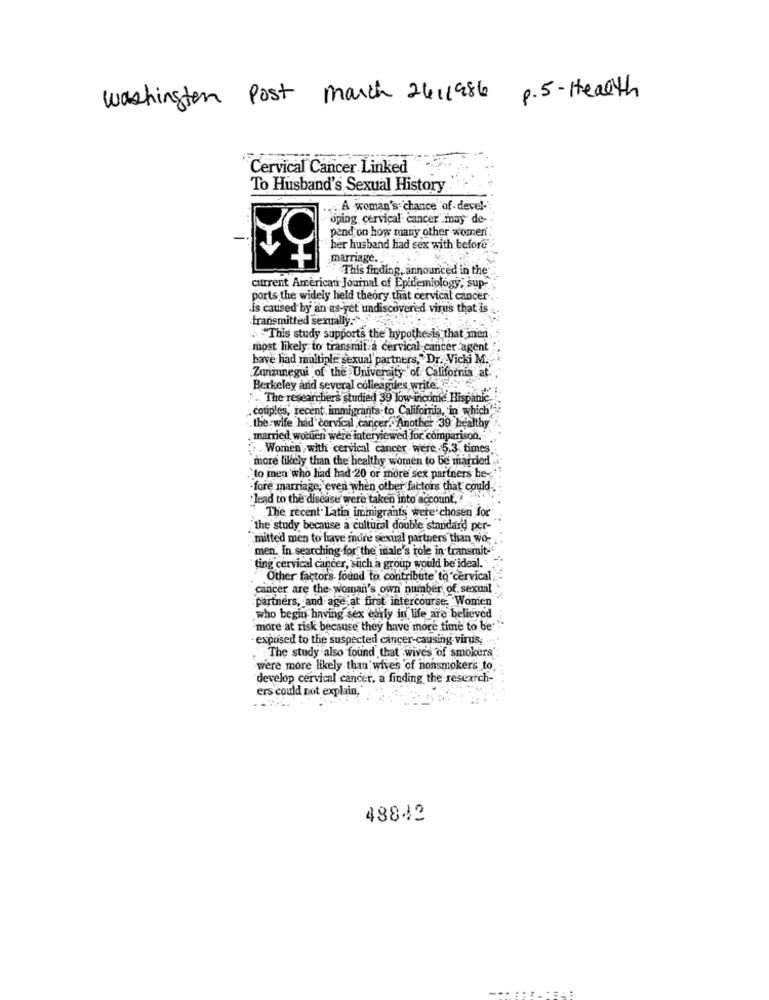
Washington Post March 2411986
p. 5 - Health
Cervical Cancer Linked
To Husband's Sexual History
.A woman's chance of devel-'
oping cervical cancer may de-
pand on how many other women
her husband had sex with before
marriage ...
This finding, announced in the
current American Journal of Epidemiology, Sup-
ports the widely held theory that cervical cancer ..
Is caused by an as-yet undiscovered virus that is
transmitted sexually."
. This study supports the hypothesis that men
most likely to transmit a cervical cancer agent
have had multiple sexual partners, "Dr. Vicki M.
Zunzunegui of the University of California at.
Berkeley and several colleagues write."
The researchers studied 39 low income Hispanic
couples, recent immigrants to California, in which'
.the wife had cervical cancer. Another 39 healthy
married women were interviewed for comparison.
Women', with cervical cancer were-5.3 times
more likely than the healthy women to be married"
`to men who had had 20 or more sex partners he-
- fore marriage; even when other factors that could.
lead to the disease were taken into account,
" The recent Latin immigrants were chosen for
the study because a cultural double standard per-
"mitted men to have more sexual partners than wo-
men. In searching for the male's role in transmit-
ting cervical cancer, such a group would be'ideal.
Other factors found to contribute to cervical.
cancer are the woman's own number of sexual
partners, and age at first intercourse Women
who begin having sex early in life are believed
more at risk because they have more time to be'
· exposed to the suspected cancer-causing virus,
The study also found that wives of smokers":
were more likely than wives of nonsmokers to
develop cervical cancer, a finding the rescarch-
ers could not explain."
48842
. ...